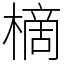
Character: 樀